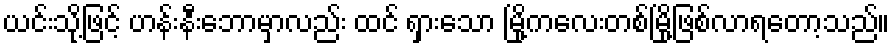
ယင်းသို့ဖြင့် ဟန်းနီးဘောမှာလည်း ထင် ရှားသော မြို့ကလေးတစ်မြို့ဖြစ်လာရတော့သည်။